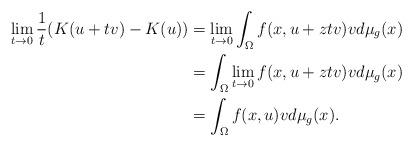
LaTeX: \begin{align*}\lim_{t\to 0}\frac{1}{t}(K(u+tv)-K(u))&=\lim_{t\to 0}\int_\Omega f(x,u+z tv)vd\mu _g(x)\\&=\int_\Omega\lim_{t\to 0}f(x,u+z tv)vd\mu _g(x)\\&=\int_\Omega f(x,u)vd\mu _g(x).\end{align*}